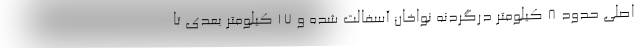
اصلی حدود ۸ کیلومتر درگردنه نواخان آسفالت شده و ۱۷ کیلومتر بعدی تا